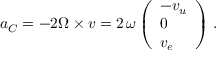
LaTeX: { \boldsymbol { a } } _ { C } = - 2 { \boldsymbol { \Omega \times v } } = 2 \, \omega \, { \left( \begin{array} { l } { - v _ { u } } \\ { 0 } \\ { v _ { e } } \end{array} \right) } \ .